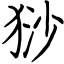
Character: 猀